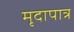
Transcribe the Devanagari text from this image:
मृदापात्र